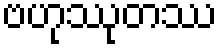
ဗဟုဿုတဿ